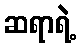
ဆရာရဲ့